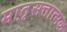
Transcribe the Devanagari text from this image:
मात़ृसत्तात्मक